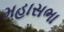
મહાસભા